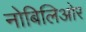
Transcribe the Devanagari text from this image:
नोबिलिओर